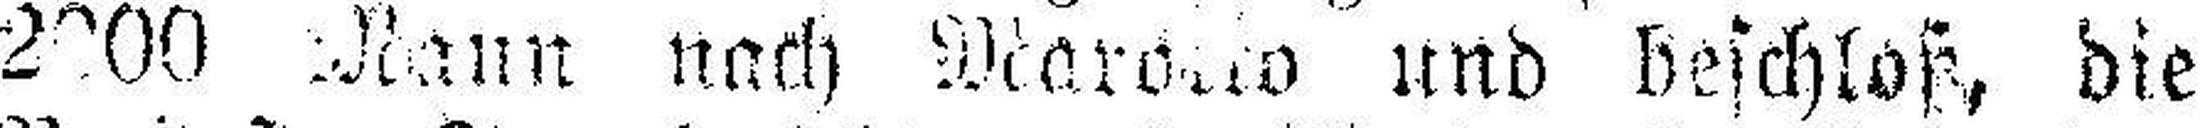
2000 Mann nach Mar###o und beschloß, die